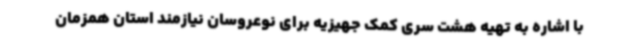
با اشاره به تهیه هشت سری کمک جهیزیه برای نوعروسان نیازمند استان همزمان